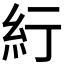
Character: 𬗃